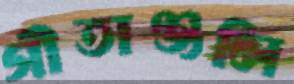
গীতাঞ্জলি